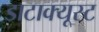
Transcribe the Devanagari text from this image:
डाटाक्यूस्ट